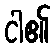
ငါ၏